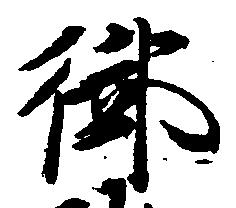
御